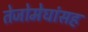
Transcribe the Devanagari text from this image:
तेजोमेघांसह